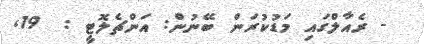
- ރެއާލްގައި މަޑުކުރަން ބޭނުން: އަންޗެލޮޓީ :  19